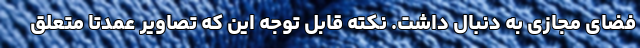
فضای مجازی به دنبال داشت. نکته قابل توجه این که تصاویر عمدتا متعلق